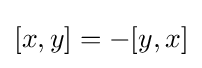
[x,y]=-[y,x]